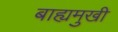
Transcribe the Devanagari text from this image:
बाह्यमुखी